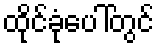
ထိုင်ခုံပေါ်တွင်